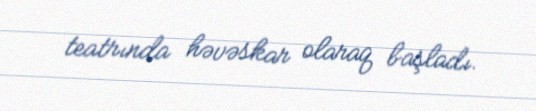
teatrında həvəskar olaraq başladı.